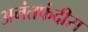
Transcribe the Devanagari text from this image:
अनंतफंदीस